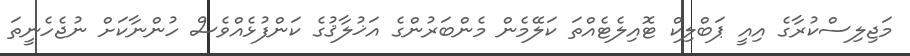
މަޖިލިސްކުރާގެ އިއީ ޕަބްލިކް ޓޮއިލެޓެއްތަ ކަލޭމެން މެންބަރުންގެ އަޚުލާޤުގެ ކަންފުޅެއްވެސް ހުންނާކަށް ނުޖެހެނީތަ